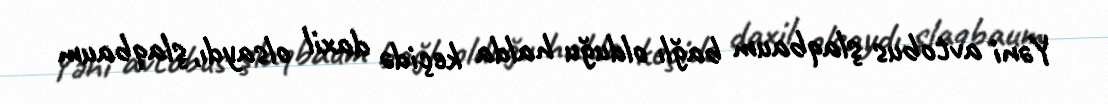
Yəni avtobus şlaqbaum bağlı olduğu halda keçidə daxil olsaydı, şlaqbaum